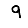
Digit: 9